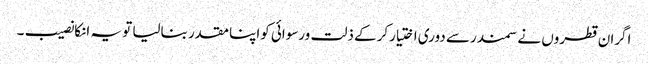
اگران قطروں نے سمندرسے دوری اختیارکرکے ذلت ورسوائی کواپنا مقدر بنالیا تو یہ انکانصیب ۔